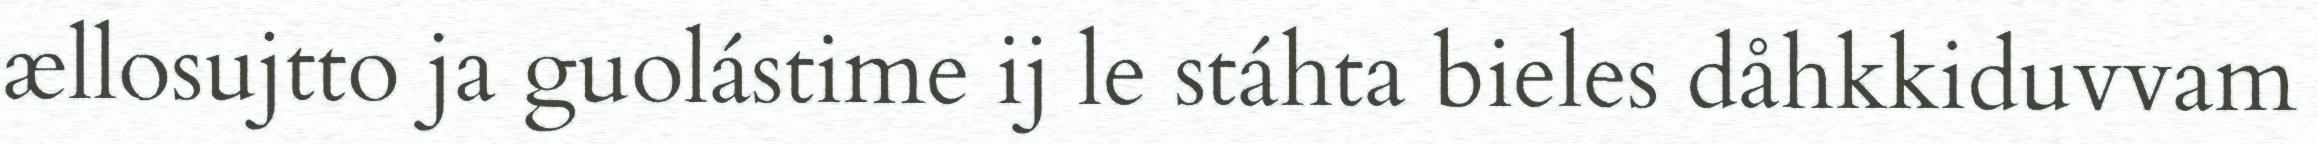
ællosujtto ja guolástime ij le stáhta bieles dåhkkiduvvam